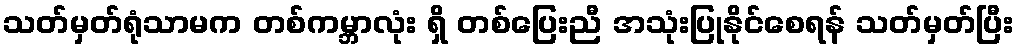
သတ်မှတ်ရုံသာမက တစ်ကမ္ဘာလုံး ရှိ တစ်ပြေးညီ အသုံးပြုနိုင်စေရန် သတ်မှတ်ပြီး